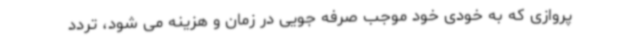
پروازی که به خودی خود موجب صرفه جویی در زمان و هزینه می شود، تردد